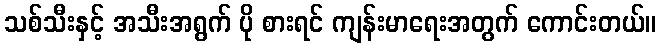
သစ်သီးနှင့် အသီးအရွက် ပို စားရင် ကျန်းမာရေးအတွက် ကောင်းတယ်။